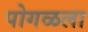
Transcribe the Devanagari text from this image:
पोगळला